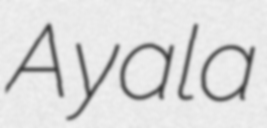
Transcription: Ayala